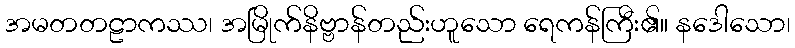
အမတတဠာကဿ၊ အမြိုက်နိဗ္ဗာန်တည်းဟူသော ရေကန်ကြီး၏။ နဒေါသော၊